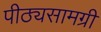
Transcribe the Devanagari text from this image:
पीठ्यसामग्री